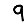
Digit: 9